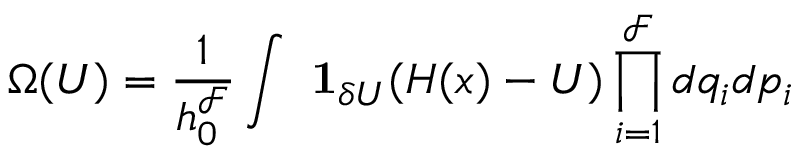
\Omega ( U ) = { \frac { 1 } { h _ { 0 } ^ { \mathcal { F } } } } \int \ \mathbf { 1 } _ { \delta U } ( H ( x ) - U ) \prod _ { i = 1 } ^ { \mathcal { F } } d q _ { i } d p _ { i }